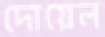
দোয়েল